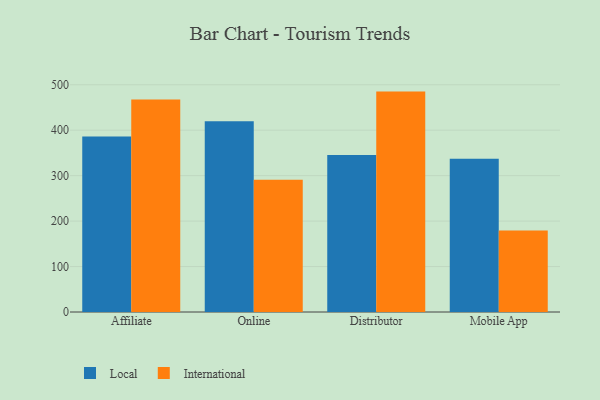
{"axis": {"x": "Channel", "y": "Headcount"}, "legend": ["International", "Local"], "data": [{"x": "Affiliate", "y": 386.3, "type": "Local"}, {"x": "Affiliate", "y": 467.3, "type": "International"}, {"x": "Online", "y": 419.7, "type": "Local"}, {"x": "Online", "y": 290.8, "type": "International"}, {"x": "Distributor", "y": 345.4, "type": "Local"}, {"x": "Distributor", "y": 484.9, "type": "International"}, {"x": "Mobile App", "y": 337.2, "type": "Local"}, {"x": "Mobile App", "y": 179.2, "type": "International"}]}